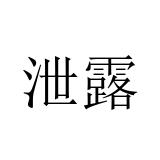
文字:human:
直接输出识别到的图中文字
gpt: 泄露